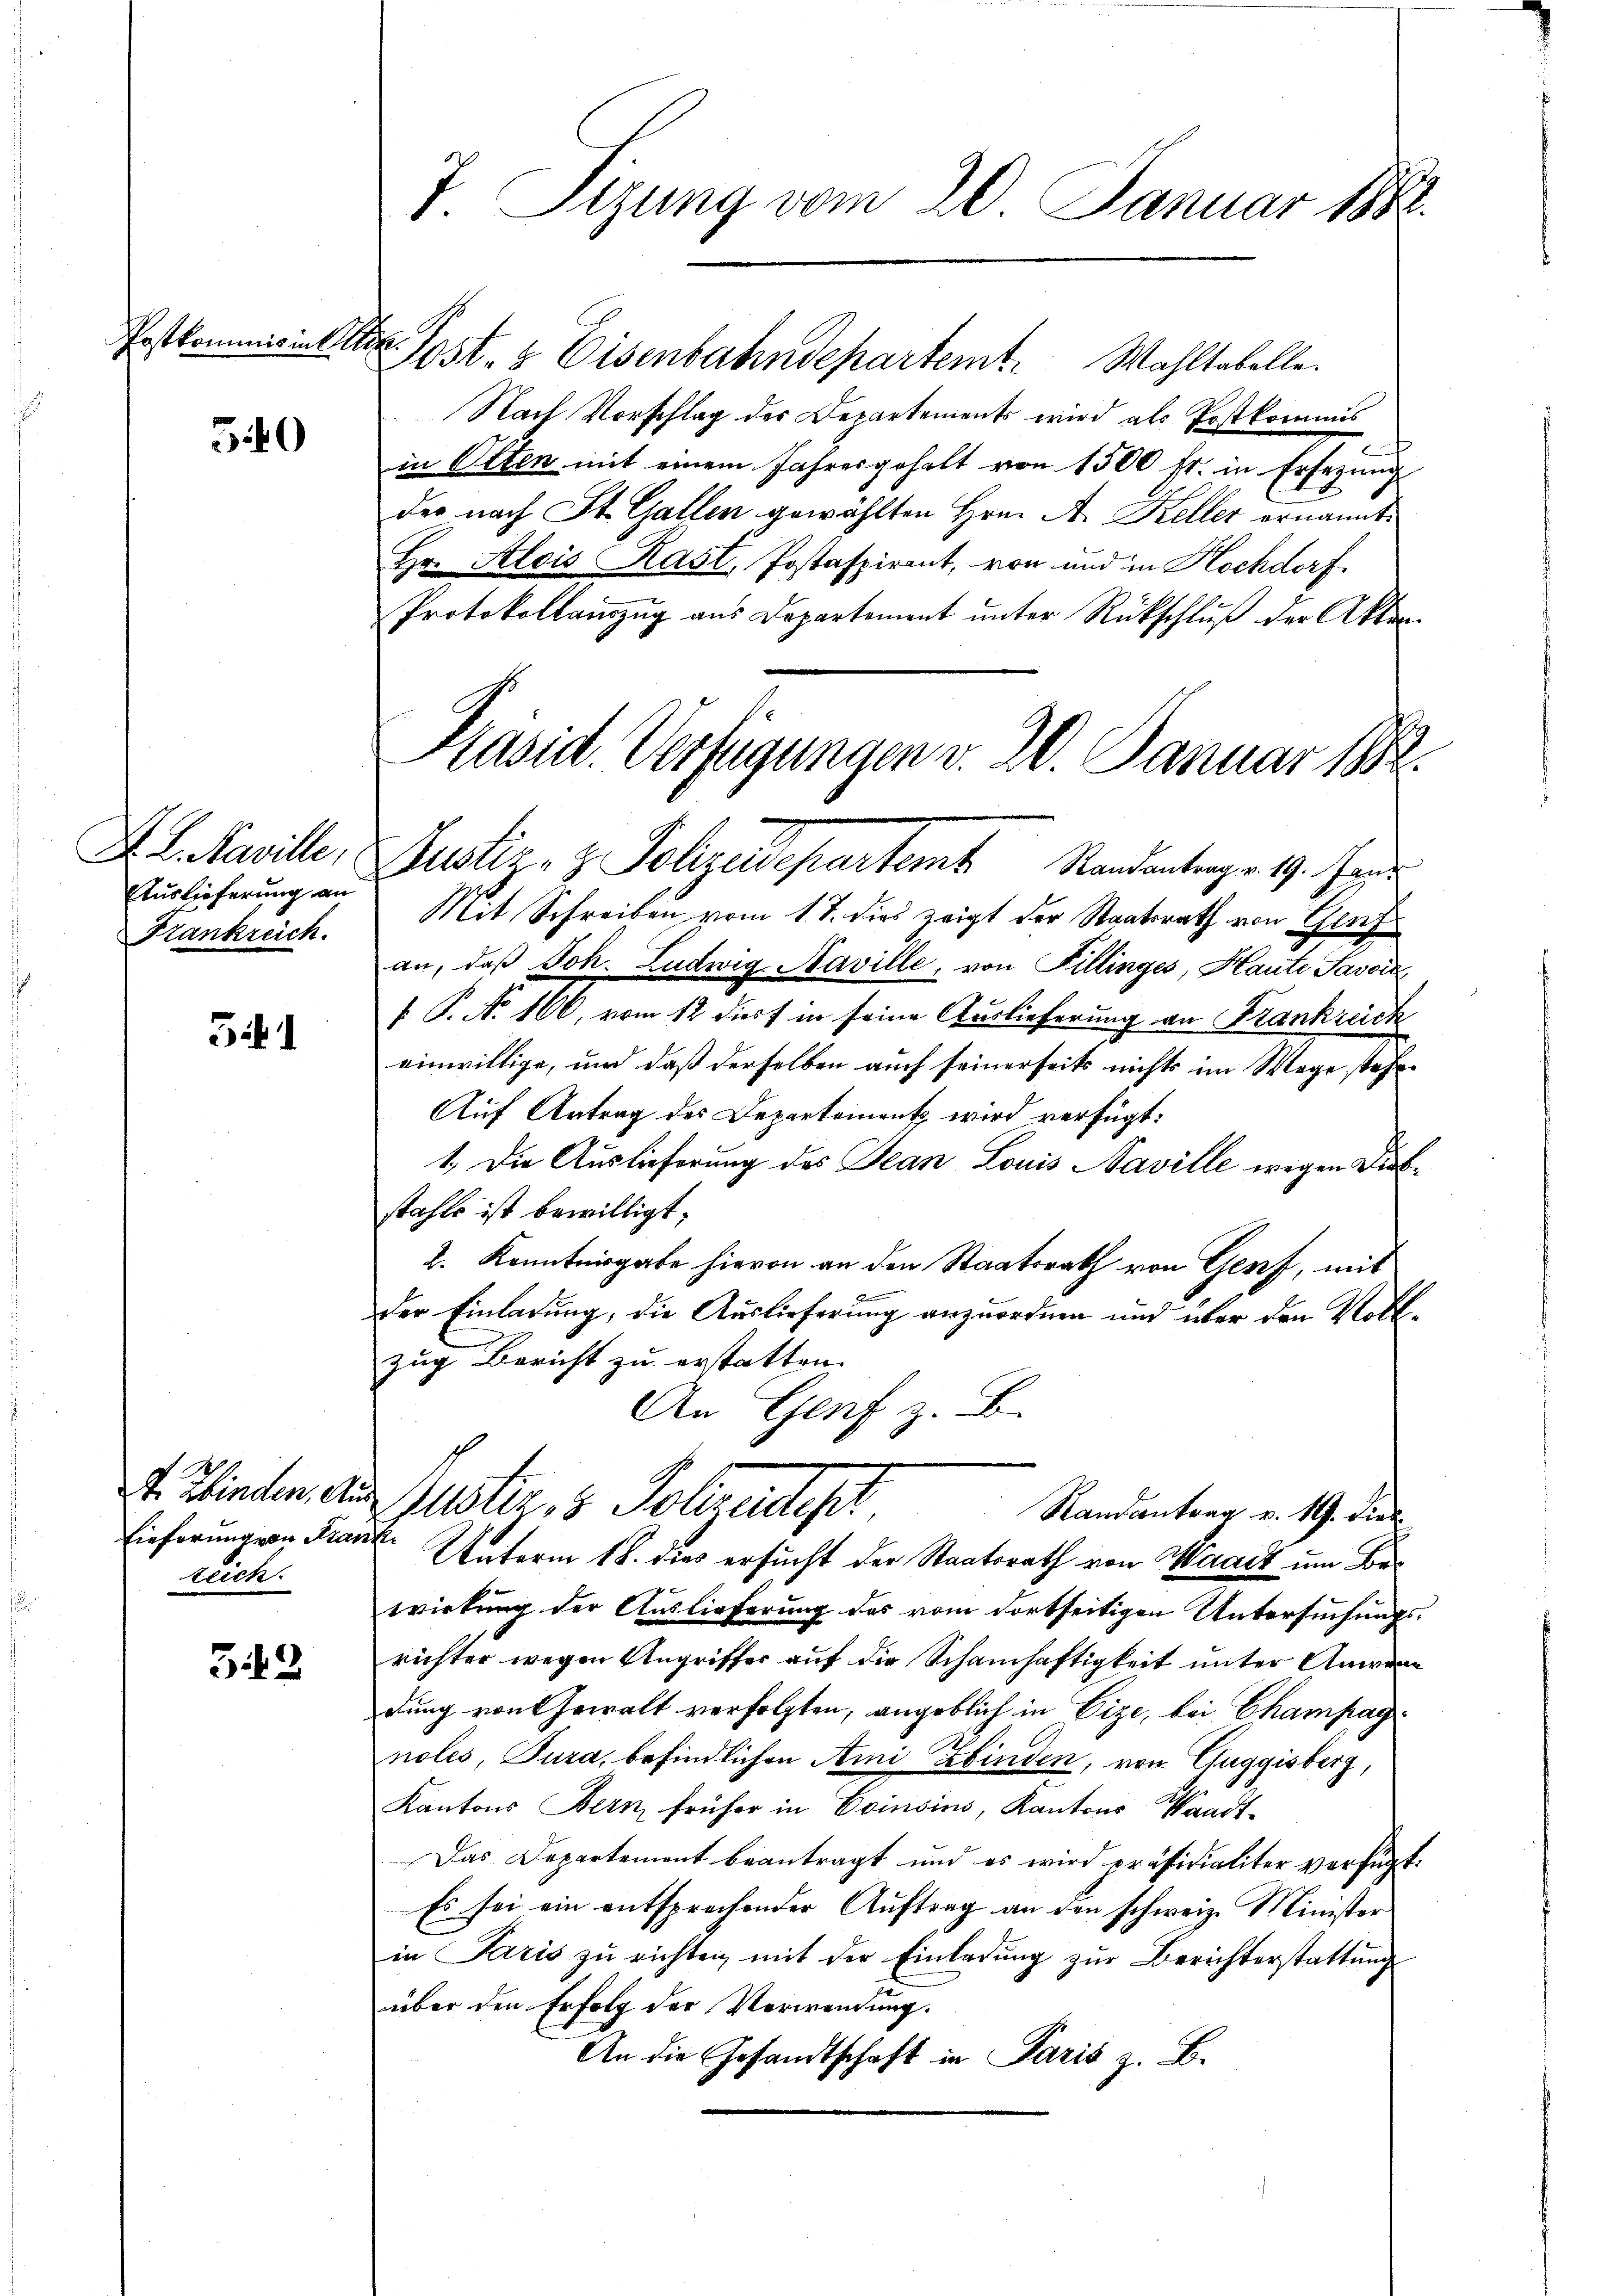
Postkommnis in Ar

540

F. L. Saville,
Auslieferung an
Frankreich.

3

V. Hinden, Aus
Lieferung von Franreich.

32

7 Sizung vom 20. Januar 1882.

1
Nach Vorschlag des Departements wird als Postkommis
in Otten mit einem Jahresgehalt von 1500 fr. in Ersezung
der nach St. Gallen gewählten Hrn. A. Keller ernannt:
Hr. Selois Hast, Jostaspirant, von und in Hochdorf
Protokollauszug aus Departement unter Rückschluß der Akten¬
Justiz- & Polizeidepartem Standentag. 19. Jani
Mit Schreiben vom 1. J. dies zeigt der Staatsrath von Genf
an, daß Joh. Ludwig Naville, von Fillinges, Haute Savoir,
 P. Nr. 106, vom 12 dies in seine Auslieferung an Frankreich
einwillige, und daß derselben auch seinerseits nichts im Wege stehe
Auf Antrag des Departement wird verfügt:
1.) Die Auslieferung des Jean Louis Naville wegen Diebstahls ist bewilligt.
2. Kenntnisgabe hievon an den Staatsrath von Genf, mit
der Einladung, die Auslieferung anzuordnen und über den Vollzug Bericht zu erstatten. |
An Genf z. B.
uster, 3 Polizeidigt.
Randantrag v. 19. dies
Unterm 18. dies ersucht der Staatsrath von Waadt um Bes
wirkung der Auslieferung des vom dortseitigen Untersuchungsrichter wegen Ungriffer auf die Schamhaftigkeit unter Anwen
dung von Gewalt verfolgten, angeblich in Vize, bei Champagnoles, Tura, befindlichen Ami Zbinden, von Guggisberg,
2
Kantons Bern früher in Einsins, Kantons Waadt¬
Das Departement beantragt und es wird präsidialiter verfügt:
Es sei ein entsprechender Auftrag an den schweiz. Minister
in Paris zu richten mit der Einladung zur Berichterstattung
über den Erfolg der Verwendung.
An die Gesandtschaft in Paris z. B.

Post- & Eisenbahndepartemt. Wahltabelle.

Präsid. Verfügungen d. 20. Januar 1882.